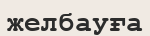
желбауға